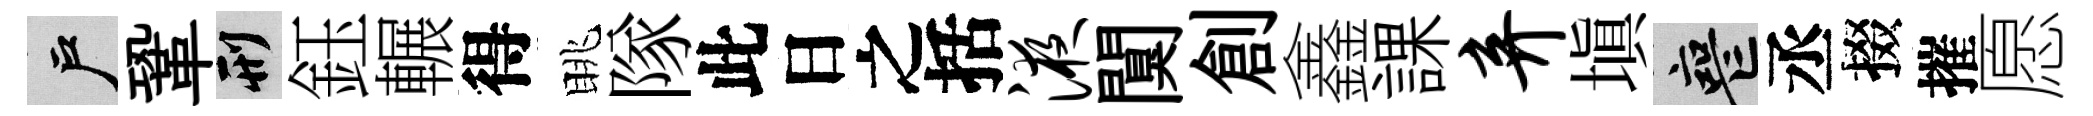
户鞏刑鈺輾得眺隊此日之括液闃創鑫課弃填喪丞掇摧愿